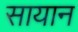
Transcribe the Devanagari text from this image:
सायान